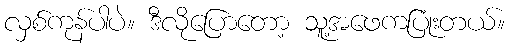
လှစ်ကုန်ပါပဲ။ ဒီလိုပြောတော့ သူ့အဖေကပြုံးတယ်။